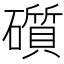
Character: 礩